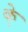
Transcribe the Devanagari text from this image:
के्